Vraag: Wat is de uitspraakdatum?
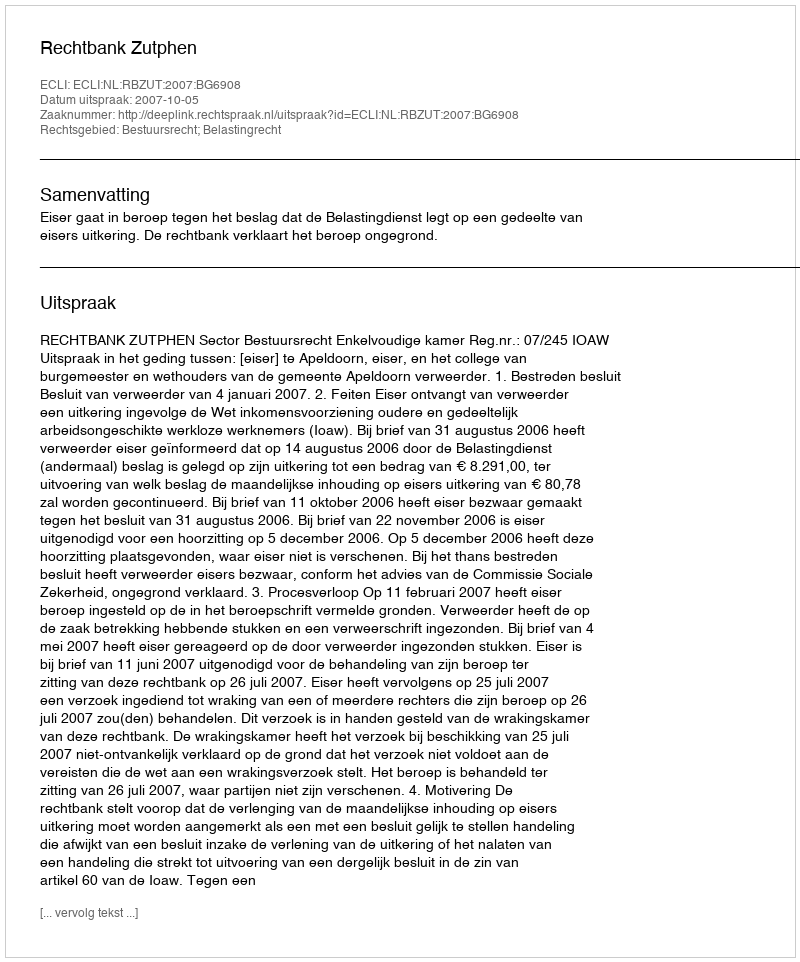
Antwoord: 2007-10-05